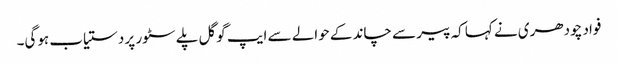
فواد چودھری نے کہا کہ پیر سے چاند کے حوالے سے ایپ گوگل پلے سٹور پر دستیاب ہوگی۔